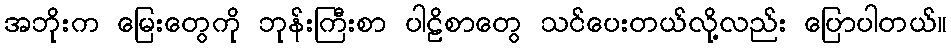
အဘိုးက မြေးတွေကို ဘုန်းကြီးစာ ပါဠိစာတွေ သင်ပေးတယ်လို့လည်း ပြောပါတယ်။